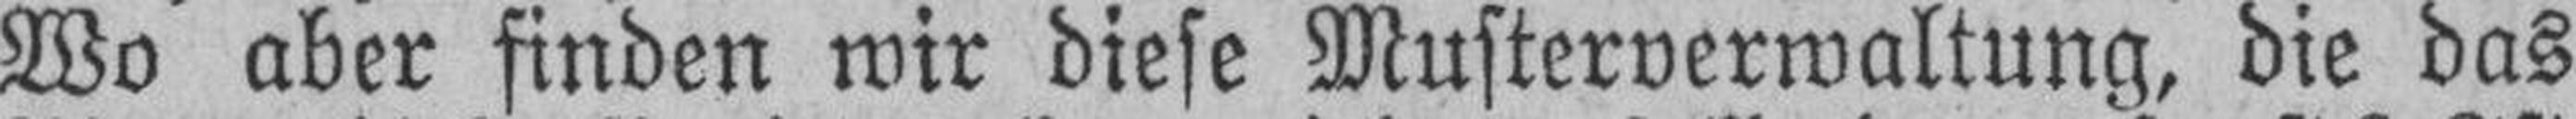
Wo aber finden wir diese Musterverwaltung, die das